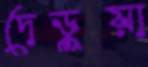
দেড়ুয়া